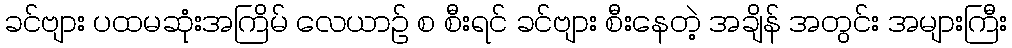
ခင်ဗျား ပထမဆုံးအကြိမ် လေယာဉ် စ စီးရင် ခင်ဗျား စီးနေတဲ့ အချိန် အတွင်း အများကြီး